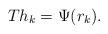
LaTeX: \begin{align*}T h_k = \Psi(r_k).\end{align*}